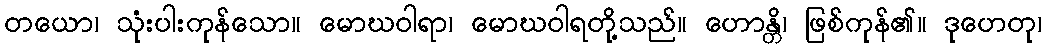
တယော၊ သုံးပါးကုန်သော။ မောဃဝါရာ၊ မောဃဝါရတို့သည်။ ဟောန္တိ၊ ဖြစ်ကုန်၏။ ဒုဟေတု၊